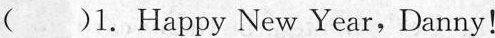
( )1. Happy New Year,Danny!